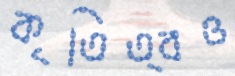
কৃতিত্বও